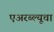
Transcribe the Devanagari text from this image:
एअरब्ल्यूचा